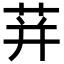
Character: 荓